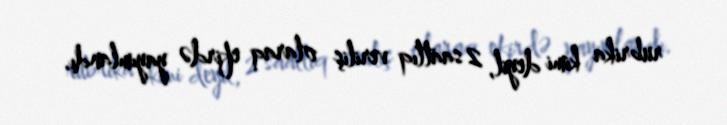
rubrika kimi deyil, 2 saatlıq veriliş olaraq efirdə yayımlandı.